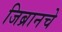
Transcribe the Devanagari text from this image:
जिब्रानचे